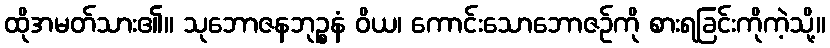
ထိုအမတ်သား၏။ သုဘောဇနဘုဉ္စနံ ဝိယ၊ ကောင်းသောဘောဇဉ်ကို စားရခြင်းကိုကဲ့သို့။